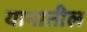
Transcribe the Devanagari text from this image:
यानातील